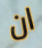
ان